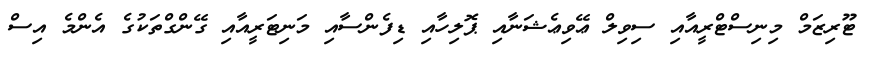
ޓޫރިޒަމް މިނިސްޓްރީއާއި ސިވިލް ޢޭވިޢެޝަނާއި ޕޮލިހާއި ޑިފެންސާއި މަނިޓަރީއާއި ގޭންގްތަކުގެ އެންމެ އިސް